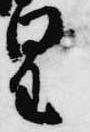
皇